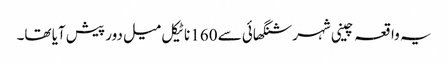
یہ واقعہ چینی شہر شنگھائی سے 160 ناٹیکل میل دور پیش آیا تھا۔